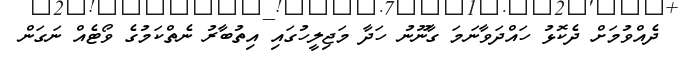
ދެއްވުމަށް ދެކޮޅު ހައްދަވާނަމަ ގާނޫނު ހަދާ މަޖިލީހުގައި އިތުބާރު ނެތްކަމުގެ ވޯޓެއް ނަގަން